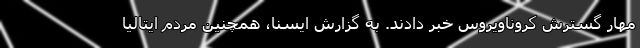
مهار گسترش کروناویروس خبر دادند. به گزارش ایسنا، همچنین مردم ایتالیا